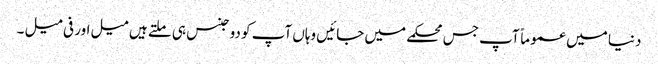
دنیا میں عموماً آپ جس محکمے میں جائیں وہاں آپ کو دو جنس ہی ملتے ہیں میل اور فی میل ۔